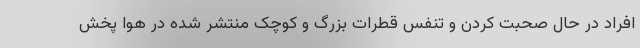
افراد در حال صحبت کردن و تنفس قطرات بزرگ و کوچک منتشر شده در هوا پخش